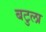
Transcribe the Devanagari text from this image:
बटुला